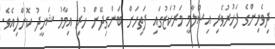
ދިވެހިންގެ ފަހުރުވެރި އިސްލާމީ މަރުކަޒުގައި ފަތިހަށް ބަންގިދޭން ހުރި އިމާމު ޝަހީދު ކޮށްލިއެވެ.